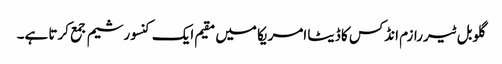
گلوبل ٹیررازم انڈکس کا ڈیٹا امریکا میں مقیم ایک کنسورشیم جمع کرتا ہے۔